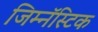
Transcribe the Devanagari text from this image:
जिम्नॅस्टिक